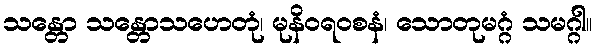
သန္တော သန္တောသဟေတုံ၊ မုနိဝရ၀စနံ၊ သောတုမဂ္ဂံ သမဂ္ဂါ။